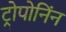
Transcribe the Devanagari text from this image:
ट्रोपोनिंन